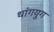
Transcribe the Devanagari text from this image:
थांगयुग